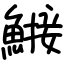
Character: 𬵤